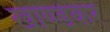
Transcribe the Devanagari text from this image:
खाण्डेकर